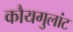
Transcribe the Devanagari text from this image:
कौयगुलांट